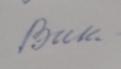
Signature authenticity: forged